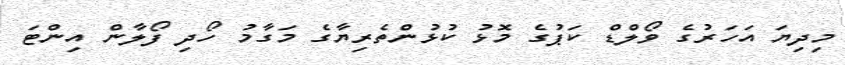
މިދިޔަ އަހަރުގެ ވޯލްޑް ކަޕުގެ މޮޅު ކުޅުންތެރިޔާގެ މަގާމު ހޯދި ފޯލާން އިންޓަ